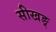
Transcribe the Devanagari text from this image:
सीखङ्